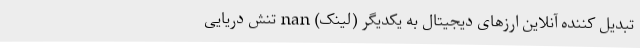
تبدیل کننده آنلاین ارزهای دیجیتال به یکدیگر (لینک) nan تنش دریایی